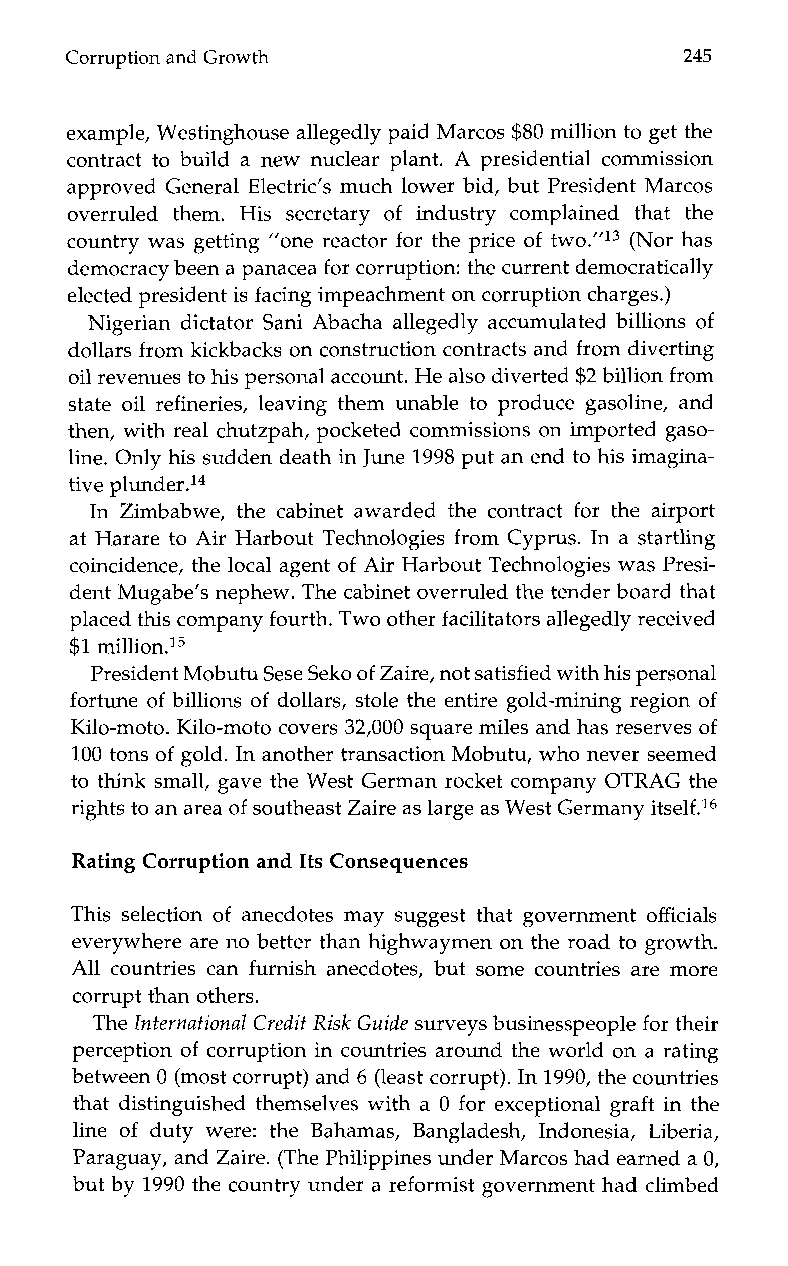
Corruption and Growth                    245
 example, Westinghouse allegedly paid Marcos $80 million to get the
 contract to build a new nuclear plant. A presidential commission
 approved General Electric’s much lower bid, but President Marcos
 overruled them. His secretary of industryc omplainedt hat the
 country was getting ”one reactor for the price of two.”13 (Nor has
 democracy been a panaceafo r corruption: the current democratically
 elected president is facing impeachment on corruption charges.)
 Nigerian dictator Sani Abacha allegedly accumulated billions of
 dollars from kickbacks on construction contracts and from diverting
 oil revenues to his personaal ccount. He also diverted $2 billion from
 state oil refineries, leaving them unable to produce gasoline, and
 then, with real chutzpah, pocketed commissions on imported gaso-
 line. Only his sudden death in June 1998 put an end to his imagina-
 tive plunder
 .l4
 In Zimbabwe, the cabinet awarded the contract for the airport
 at Harare to Air Harbout Technologies from Cyprus. In a startling
 coincidence, the local agent of Air Harbout Technologies was Presi-
 dent Mugabe’s nephew. The cabinet overruled the tender board that
 placed this company fourth. Twoo ther facilitators allegedly received
 $1 mil1i0n.I~
 President Mobutu Sese Sekoo f Zaire, not satisfied with his personal
 fortune of billions of dollars, stole the entire gold-mining region of
 Kilo-moto. Kilo-mot0 covers 32,000 square miles and has reserves of
 100 tons of gold. In another transaction Mobutu, who never seemed
 to think small, gave the West German rocket company OTRAG the
 rights to an area of southeast Zaire as large as West Germany itself.l6
 Rating Corruption and Its Consequences
 This selection of anecdotes may suggest that government officials
 everywhere are no better than highwaymen on the road to growth.
 All countries can furnish anecdotes, but some countries are more
 corrupt than others.
 The International Credit Risk Guide surveys businesspeople for their
 perception of corruption in countries around the world on a rating
 between 0 (most corrupt) and6 (least corrupt). In 1990, the countries
 that distinguished themselves with a 0 for exceptional graft in the
 line of duty were: the Bahamas, Bangladesh, Indonesia, Liberia,
 Paraguay, andZ aire. (The Philippines under Marcos had earned a 0,
 but by 1990 the country under a reformist government had climbed